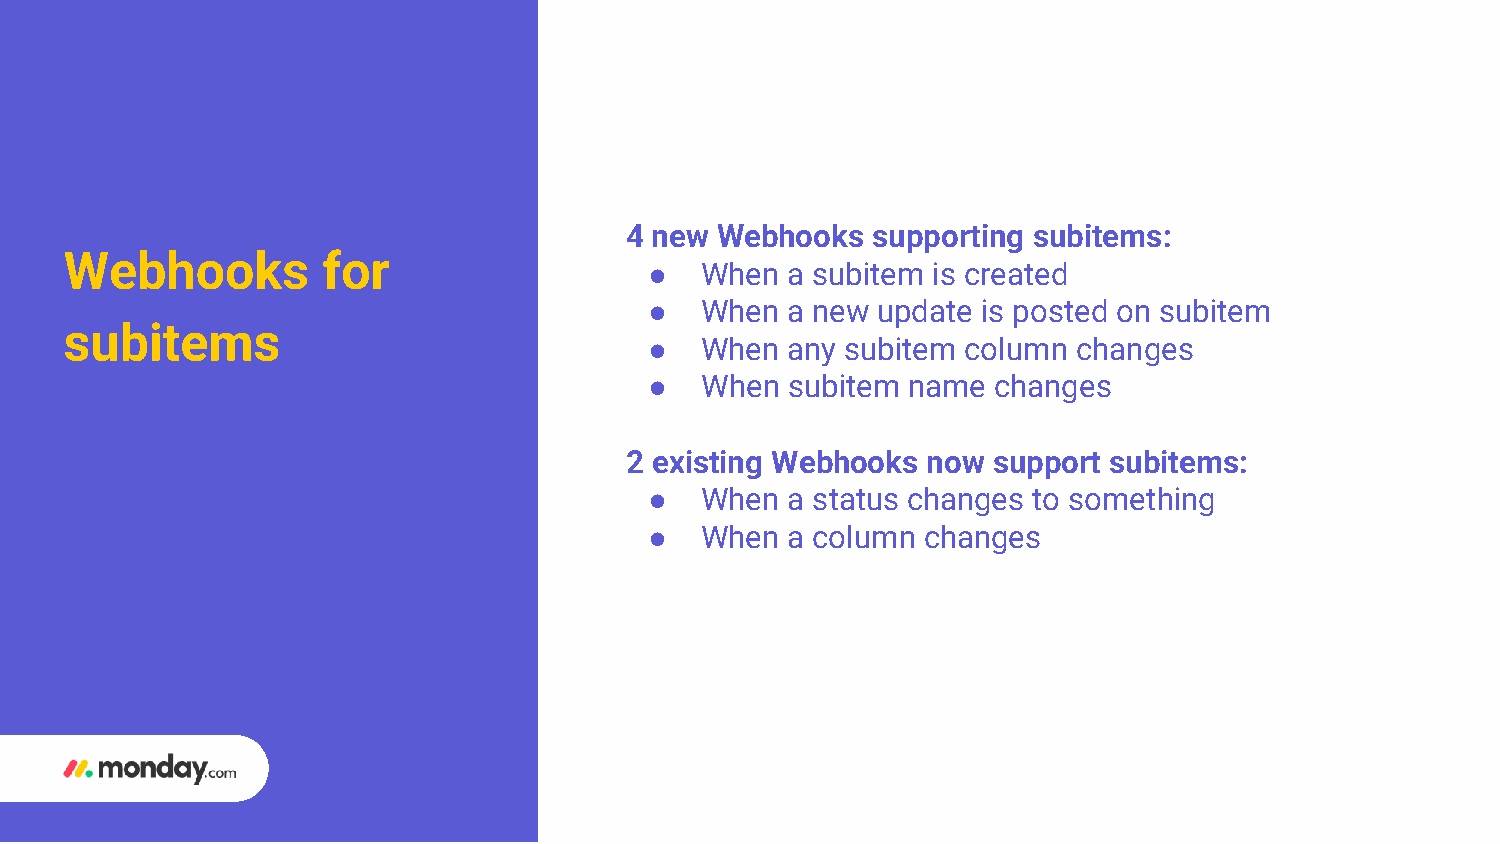
4 new Webhooks   supporting subitems:
 Webhooks         for
 ●  When  a subitem is created
 ●  When  a new update is posted on subitem
 subitems
 ●  When  any subitem column changes
 ●  When  subitem name  changes
 2 existing Webhooks now  support subitems:
 ●  When  a status changes to something
 ●  When  a column changes